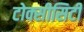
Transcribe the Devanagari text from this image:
टोक्सीसिटी